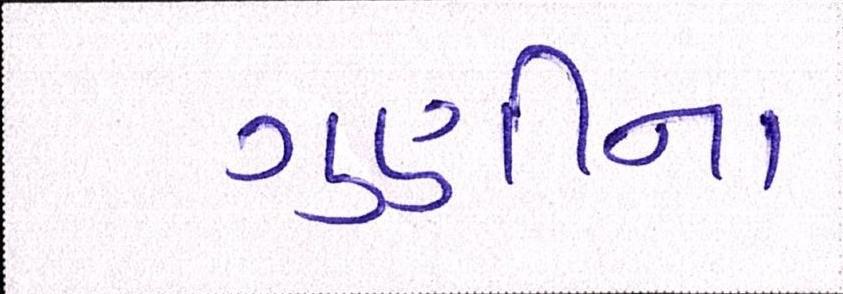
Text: ગુણીના